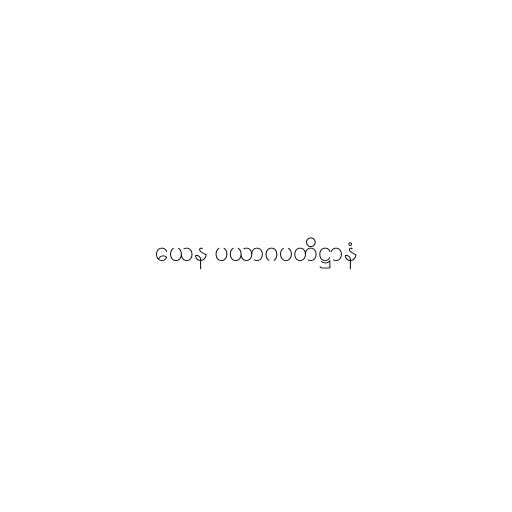
ယေန ပယာဂပတိဋ္ဌာနံ